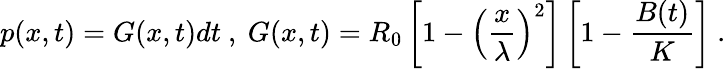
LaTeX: p(x,t)=G(x,t)dt\ ,\ G(x,t)=R_{0}\left[1-\left(\frac{x}{\lambda}\right)^{2}\right]\left[1-\frac{B(t)}{K}\right]\ .